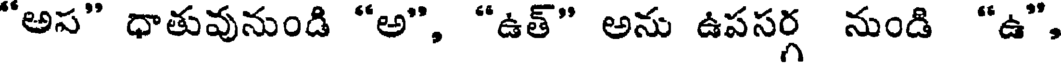
"అప" ధాతువునుండి "అ", "ఉత్" అను ఉపసర్గ నుండి "ఉ",